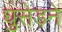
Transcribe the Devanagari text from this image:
घुसेड़ने